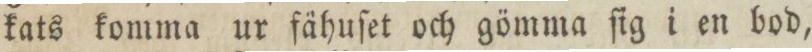
kats komma ur fähuſet och gömma ſig i en bod,